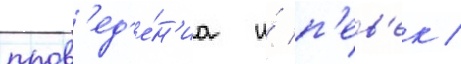
пров'ед'е́н'иа и́ п'ев'ек /